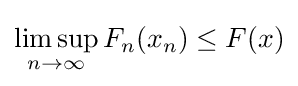
\limsup _{n\to \infty }F_{n}(x_{n})\leq F(x)